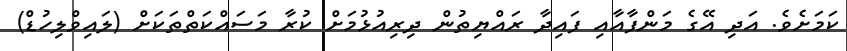
ކަމަށެވެ. އަދި އޭގެ މަންފާއާއި ފައިދާ ރައްޔިތުން ދިރިއުޅުމަށް ކުރާ މަސައްކަތްތަކަށް (ލައިވްލިހުޑް)